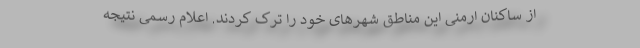
از ساکنان ارمنی این مناطق شهرهای خود را ترک کردند. اعلام رسمی نتیجه